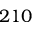
2 1 0